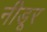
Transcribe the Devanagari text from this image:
नीडूर